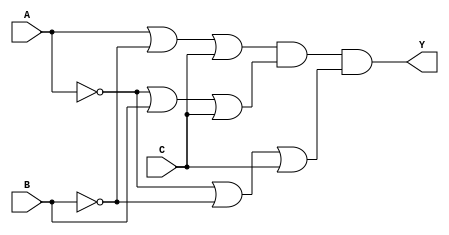
module pos_simplification (
    input wire A,
    input wire B,
    input wire C,
    output wire Y
);

// Intermediate signals for sum terms
wire sum_term1;
wire sum_term2;
wire sum_term3;

// Define the sum terms using OR gates
assign sum_term1 = A | ~B | C;      // (A + B' + C)
assign sum_term2 = ~A | B | C;      // (A' + B + C)
assign sum_term3 = ~A | ~B | C;     // (A' + B' + C)

// Combine the sum terms using an AND gate
assign Y = sum_term1 & sum_term2 & sum_term3; // (A + B' + C)(A' + B + C)(A' + B' + C)

endmodule